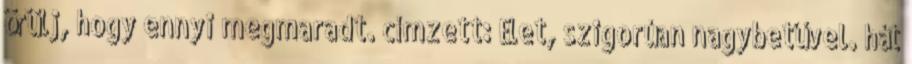
örülj, hogy ennyi megmaradt. címzett: Élet, szigorúan nagybetűvel. hát